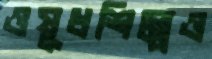
ওষুধশিল্পেও